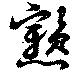
戇